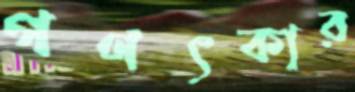
গণৎকার